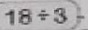
1 8 \div 3 =